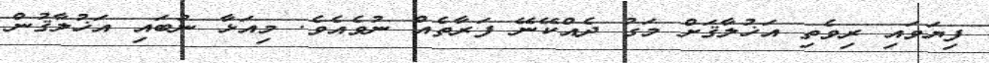
ފިޔަވައި ރިވެތި އަޚުލާޤަށް މަގު ދެއްކޭނޭ ފަރާތެއް ނުވެއެވެ. މިއަޅާ ނުބައި އަޚުލާޤުން